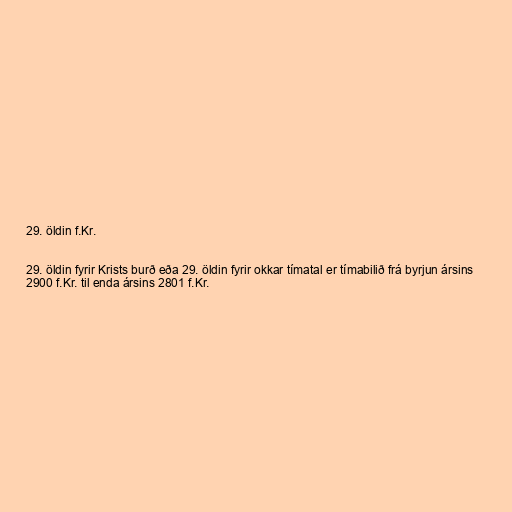
29. öldin f.Kr.

29. öldin fyrir Krists burð eða 29. öldin fyrir okkar tímatal er tímabilið frá byrjun ársins
2900 f.Kr. til enda ársins 2801 f.Kr.